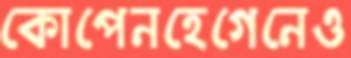
কোপেনহেগেনেও